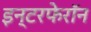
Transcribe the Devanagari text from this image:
इन्टरफेरॉन